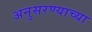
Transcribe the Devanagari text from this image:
अनुसरण्याच्या